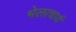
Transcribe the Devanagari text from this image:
भेलाचार्य